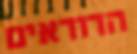
הדודאים